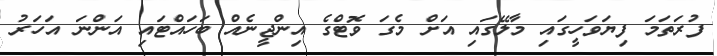
ފުރަތަމަ ފިޔަވަހީގައި މާލޭގައި އަށް މެގަ ވޮޓްގެ އިންޖީނެއް ބަހައްޓައި އަންނަ އަހަރު